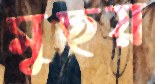
মুছয়